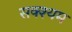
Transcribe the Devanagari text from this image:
सक्श्यम